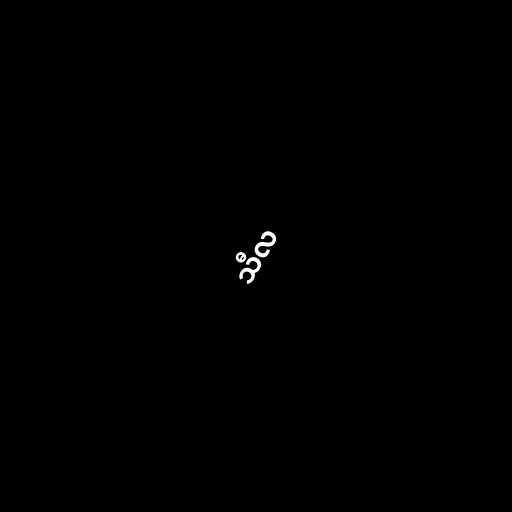
သီလ